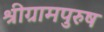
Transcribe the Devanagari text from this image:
श्रीग्रामपुरुष